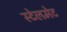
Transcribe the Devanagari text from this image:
स्टेलमेट